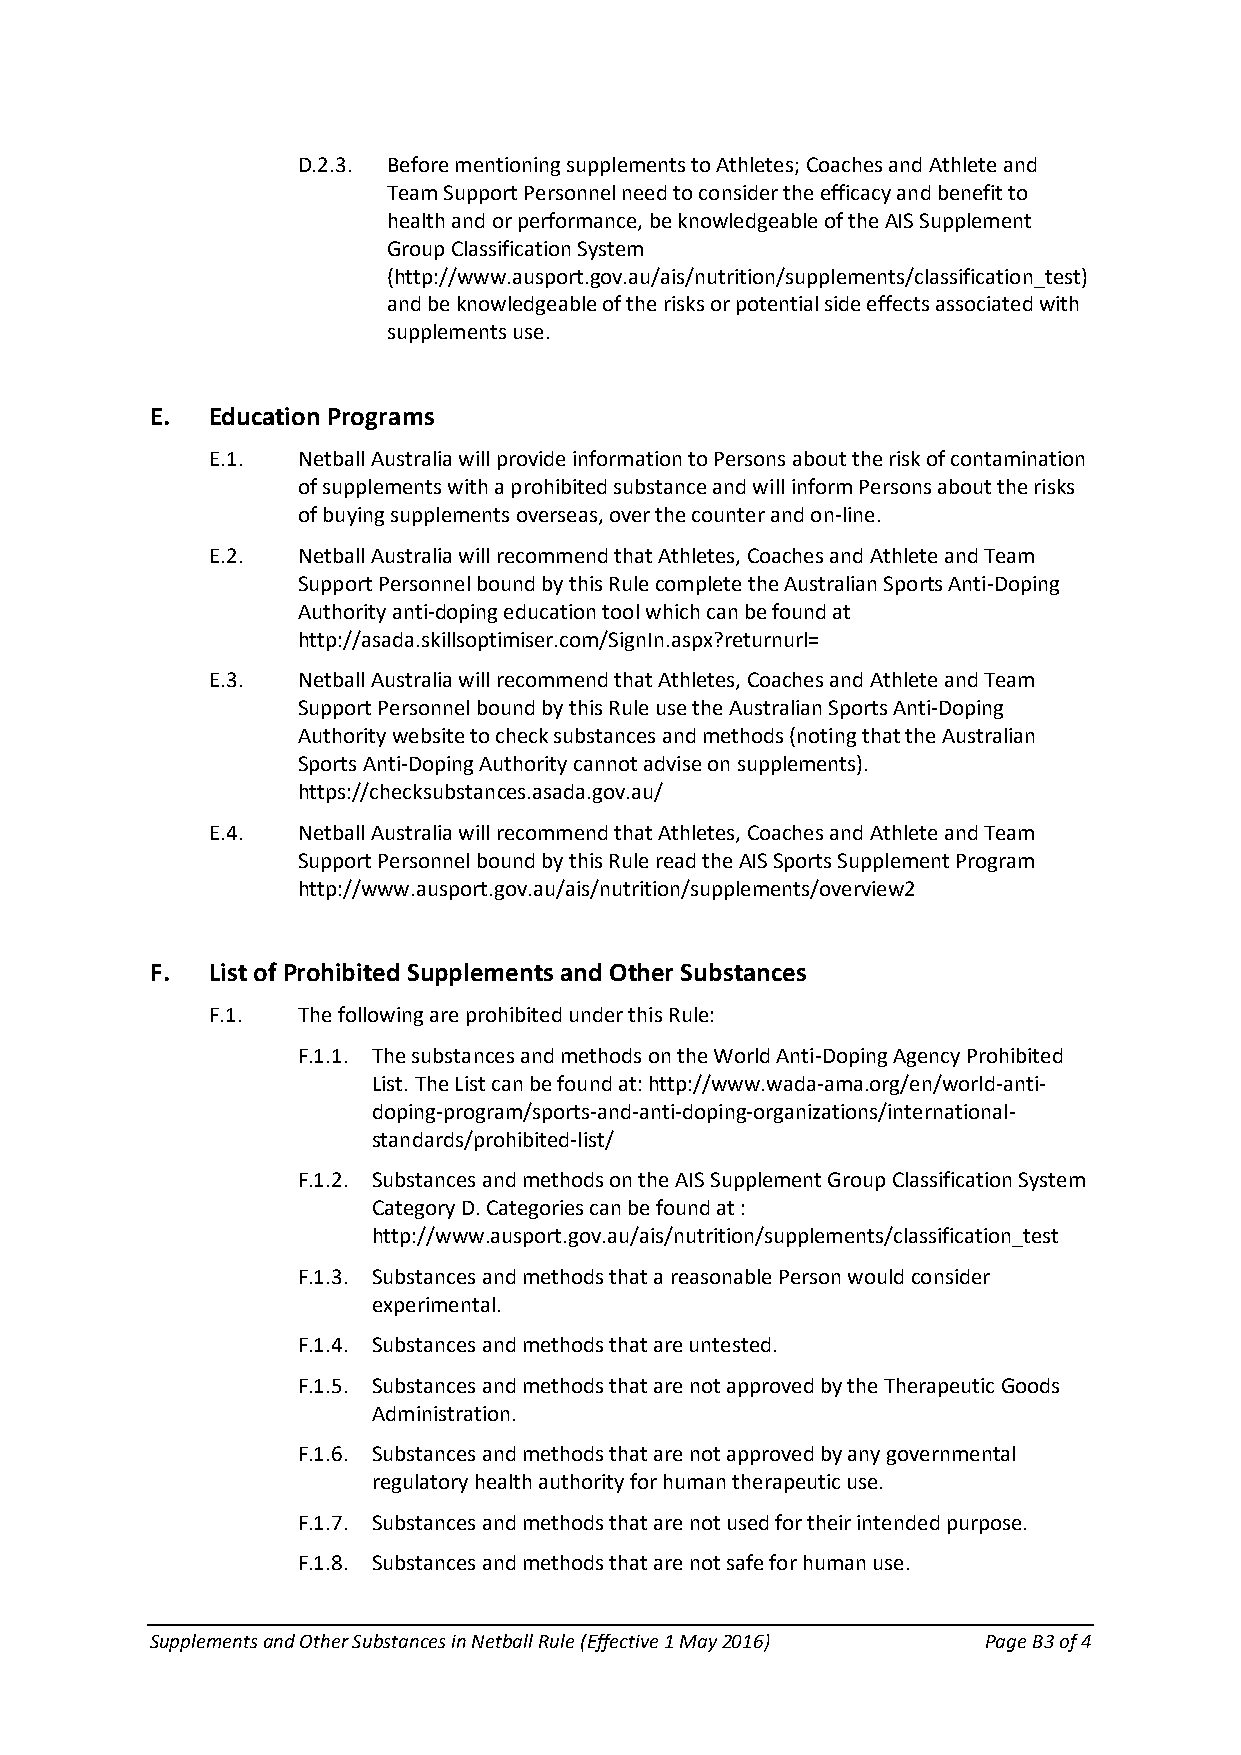
D.2.3. Before mentioning supplements to Athletes; Coaches and Athlete and
 Team Support Personnel need to consider the efficacy and benefit to
 health and or performance, be knowledgeable of the AIS Supplement
 Group Classification System
 (http://www.ausport.gov.au/ais/nutrition/supplements/classification_test)
 and be knowledgeable of the risks or potential side effects associated with
 supplements use.
 E.  Education Programs
 E.1.  Netball Australia will provide information to Persons about the risk of contamination
 of supplements with a prohibited substance and will inform Persons about the risks
 of buying supplements overseas, over the counter and on-line.
 E.2.  Netball Australia will recommend that Athletes, Coaches and Athlete and Team
 Support Personnel bound by this Rule complete the Australian Sports Anti-Doping
 Authority anti-doping education tool which can be found at
 http://asada.skillsoptimiser.com/SignIn.aspx?returnurl=
 E.3.  Netball Australia will recommend that Athletes, Coaches and Athlete and Team
 Support Personnel bound by this Rule use the Australian Sports Anti-Doping
 Authority website to check substances and methods (noting that the Australian
 Sports Anti-Doping Authority cannot advise on supplements).
 https://checksubstances.asada.gov.au/
 E.4.  Netball Australia will recommend that Athletes, Coaches and Athlete and Team
 Support Personnel bound by this Rule read the AIS Sports Supplement Program
 http://www.ausport.gov.au/ais/nutrition/supplements/overview2
 F.  List of Prohibited Supplements and Other Substances
 F.1.  The following are prohibited under this Rule:
 F.1.1. The substances and methods on the World Anti-Doping Agency Prohibited
 List. The List can be found at: http://www.wada-ama.org/en/world-anti-
 doping-program/sports-and-anti-doping-organizations/international-
 standards/prohibited-list/
 F.1.2. Substances and methods on the AIS Supplement Group Classification System
 Category D. Categories can be found at :
 http://www.ausport.gov.au/ais/nutrition/supplements/classification_test
 F.1.3. Substances and methods that a reasonable Person would consider
 experimental.
 F.1.4. Substances and methods that are untested.
 F.1.5. Substances and methods that are not approved by the Therapeutic Goods
 Administration.
 F.1.6. Substances and methods that are not approved by any governmental
 regulatory health authority for human therapeutic use.
 F.1.7. Substances and methods that are not used for their intended purpose.
 F.1.8. Substances and methods that are not safe for human use.
 Supplements and Other Substances in Netball Rule (Effective 1 May 2016) Page B3 of 4